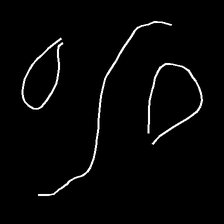
Glyph: water